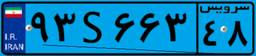
۶۸S۷۵۲۸۱